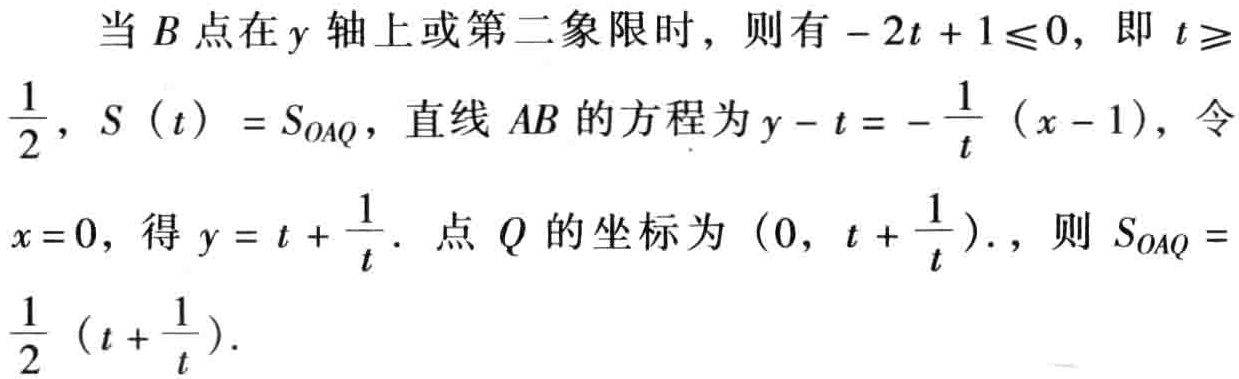
当 \(B\) 点在 \(y\) 轴上或第二象限时，则有 \(-2t + 1\leqslant0\)，即 \(t\geqslant\frac{1}{2}\)，\(S(t)=S_{OAQ}\)，直线 \(AB\) 的方程为 \(y - t = -\frac{1}{t}(x - 1)\)，令 \(x = 0\)，得 \(y=t+\frac{1}{t}\). 点 \(Q\) 的坐标为 \((0,t+\frac{1}{t})\)，则 \(S_{OAQ}=\frac{1}{2}(t+\frac{1}{t})\).